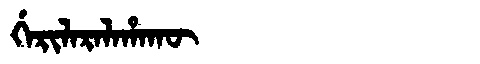
Manchu: ᡤᡝᡵᡳᠯᠠᡵᠠᠯᠠᡥᠠᡴᡡ
Romanization: GERILARALAHAKŪ